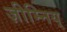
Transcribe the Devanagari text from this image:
ज़ीम्निय्